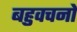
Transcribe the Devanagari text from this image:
बहुवचनों